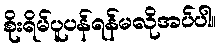
စိုးရိမ်ပူပန်ရန်မလိုအပ်ပါ။